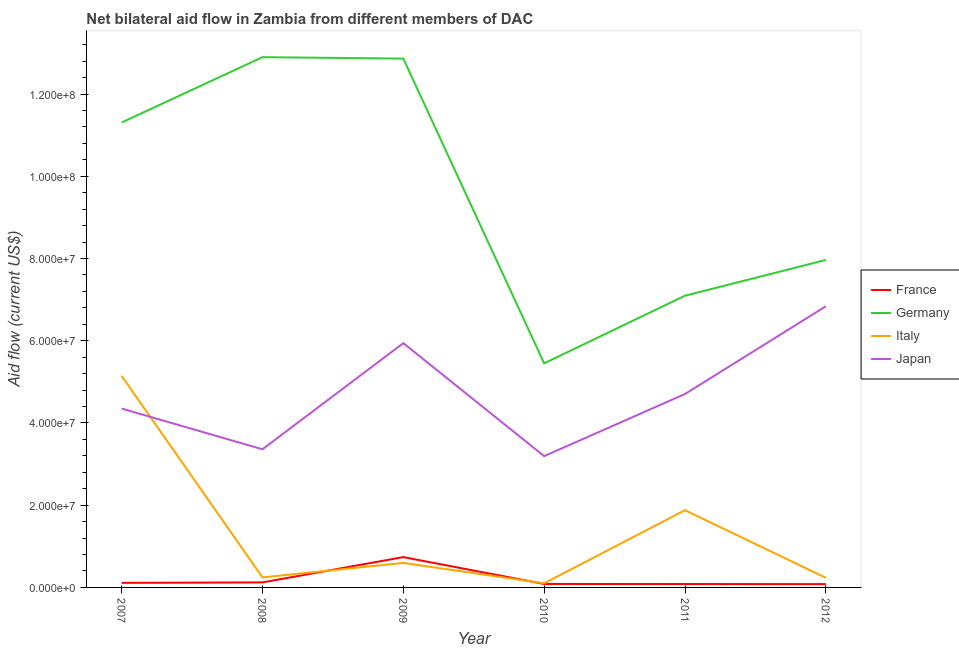
| Year | France | Germany | Italy | Japan |
 | --- | --- | --- | --- | --- |
 | 2007 | 1.11e+06 | 1.13e+08 | 5.14e+07 | 4.35e+07 |
 | 2008 | 1.22e+06 | 1.29e+08 | 2.44e+06 | 3.36e+07 |
 | 2009 | 7.37e+06 | 1.29e+08 | 5.96e+06 | 5.94e+07 |
 | 2010 | 8.4e+05 | 5.45e+07 | 1e+06 | 3.19e+07 |
 | 2011 | 8.2e+05 | 7.1e+07 | 1.88e+07 | 4.7e+07 |
 | 2012 | 8e+05 | 7.96e+07 | 2.34e+06 | 6.84e+07 |